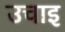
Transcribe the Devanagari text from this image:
उचाइ